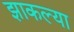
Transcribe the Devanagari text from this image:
झाकल्या